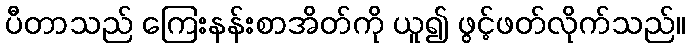
ပီတာသည် ကြေးနန်းစာအိတ်ကို ယူ၍ ဖွင့်ဖတ်လိုက်သည်။